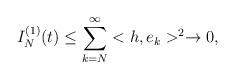
\begin{align*}I_N^{(1)}(t)\leq \sum_{k=N}^{\infty}<h,e_k>^2\rightarrow 0,\end{align*}